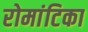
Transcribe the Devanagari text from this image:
रोमांटिका